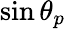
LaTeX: \sin\theta_{p}